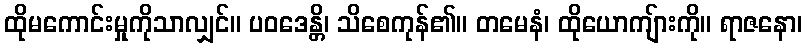
ထိုမကောင်းမှုကိုသာလျှင်။ ပဝဒေန္တိ၊ သိစေကုန်၏။ တမေနံ၊ ထိုယောကျ်ားကို။ ရာဇနော၊